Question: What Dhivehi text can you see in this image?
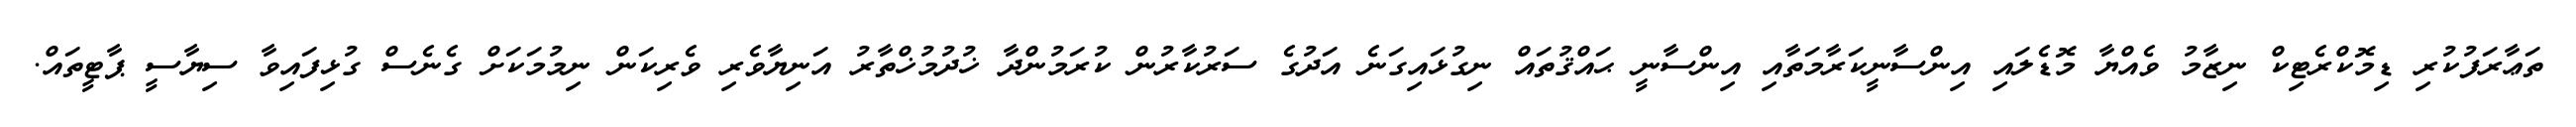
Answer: ތަޢާރަފުކުރި ޑިމޮކްރެޓިކް ނިޒާމު ވެއްޔާ މޮޑެލައި އިންސާނީކަރާމަތާއި އިންސާނީ ޙައްޤުތައް ނިގުޅައިގަނެ އަދުގެ ސަރުކާރުން ކުރަމުންދާ ޚުދުމުޚްތާރު އަނިޔާވެރި ވެރިކަން ނިމުމަކަށް ގެނެސް ގުޅިފައިވާ ސިޔާސީ ޕާޓީތައް.